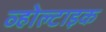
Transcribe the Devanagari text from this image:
व्होल्टाइक